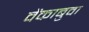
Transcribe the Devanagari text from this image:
वेंकाबुवा